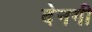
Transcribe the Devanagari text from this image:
देनगी